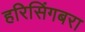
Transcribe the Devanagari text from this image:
हरिसिंगबरा